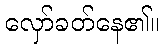
လှော်ခတ်နေ၏။